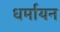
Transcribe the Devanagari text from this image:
धर्मायन